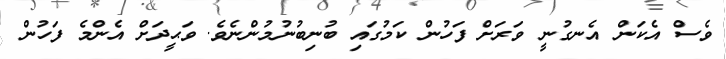
ވެސް އެކަން އެނގުނީ ވަރަށް ފަހުން ކަމުގައި ބުނިބުނުމުންނެވެ. ވަޙީދަށް އެންމެ ފަހުން